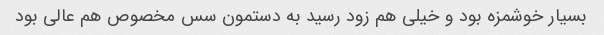
بسیار خوشمزه بود و خیلی هم زود رسید به دستمون سس مخصوص هم عالی بود